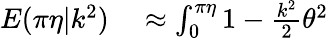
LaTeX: \begin{array}{rl}{E(\pi\eta|k^{2})}&{{}\approx\int_{0}^{\pi\eta}1-\frac{k^{2}}{2}\theta^{2}}\end{array}